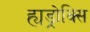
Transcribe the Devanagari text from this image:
ह्यड्रोक्सि